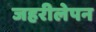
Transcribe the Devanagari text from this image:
जहरीलेपन